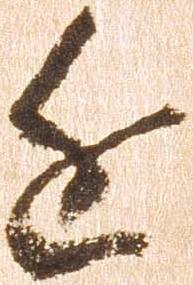
近